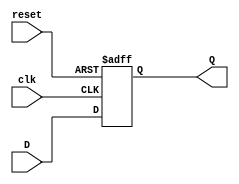
`timescale 1ns / 1ps
//////////////////////////////////////////////////////////////////////////////////
// Company: 
// Engineer: 
// 
// Design Name: 
// Module Name: n_bit_register
// Project Name: 
// Target Devices: 
// Tool Versions: 
// Description: 
// 
// Dependencies: 
// 
// Revision:
// Revision 0.01 - File Created
// Additional Comments:
// 
//////////////////////////////////////////////////////////////////////////////////


module n_bit_register (reset, clk, D, Q);
input reset;
input clk;
parameter N = 8; // Allow N to be changed
input [N-1:0] D;
output [N-1:0] Q;
reg [N-1:0] Q;

always @(posedge clk or negedge reset)
if (~reset)
  Q = 0; 
else
  Q = D;
endmodule // regN